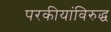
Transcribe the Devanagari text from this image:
परकीयांविरुद्ध